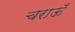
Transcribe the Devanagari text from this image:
चराऊँ